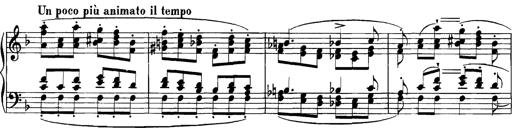
Title: Grandes Etudes
Composer: Franz Liszt